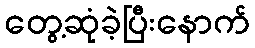
တွေ့ဆုံခဲ့ပြီးနောက်